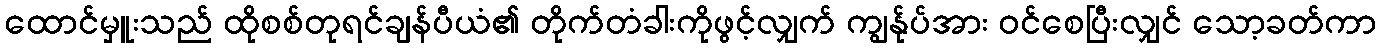
ထောင်မှူးသည် ထိုစစ်တုရင်ချန်ပီယံ၏ တိုက်တံခါးကိုဖွင့်လျှက် ကျွန်ုပ်အား ဝင်စေပြီးလျှင် သော့ခတ်ကာ